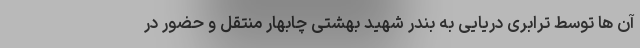
آن ها توسط ترابری دریایی به بندر شهید بهشتی چابهار منتقل و حضور در